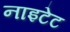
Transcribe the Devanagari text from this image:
नाइटेट